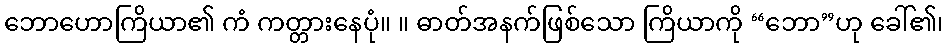
ဘောဟောကြိယာ၏ ကံ ကတ္တားနေပုံ။ ။ ဓာတ်အနက်ဖြစ်သော ကြိယာကို “ဘော”ဟု ခေါ်၏၊